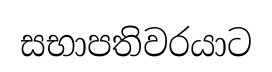
සභාපතිවරයාට